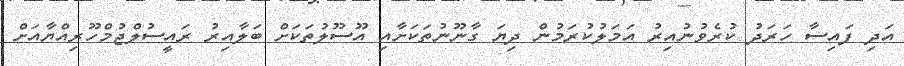
އަދި ފައިސާ ހަރަދު ކުރެވުނުއިރު އަމަލުކުރަމުން ދިޔަ ގާނޫނުތަކަށާއި އޫސޫލުތަކަށް ބަލާއިރު ރައީސުލްޖުމްހޫރިއްޔާއަށް